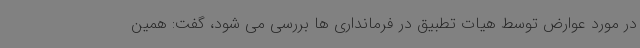
در مورد عوارض توسط هیات تطبیق در فرمانداری ها بررسی می شود، گفت: همین